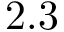
2 . 3